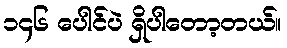
၁၄၆ ပေါင်ပဲ ရှိပါတော့တယ်။